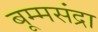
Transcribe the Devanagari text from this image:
बूम्मसंद्रा